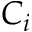
C _ { i }